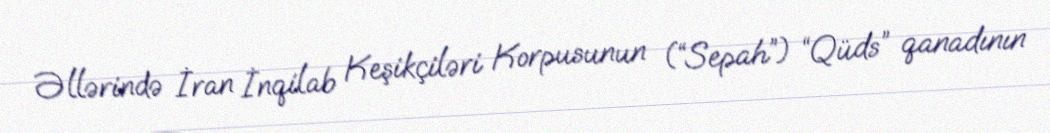
Əllərində İran İnqilab Keşikçiləri Korpusunun (“Sepah”) “Qüds” qanadının